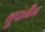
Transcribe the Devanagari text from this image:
वूफगैंग